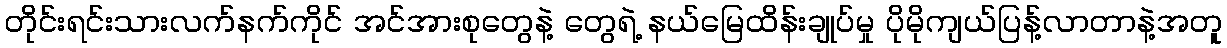
တိုင်းရင်းသားလက်နက်ကိုင် အင်အားစုတွေနဲ့ တွေရဲ့ နယ်မြေထိန်းချုပ်မှု ပိုမိုကျယ်ပြန့်လာတာနဲ့အတူ